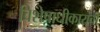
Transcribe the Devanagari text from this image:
विशेषाधीकारांची